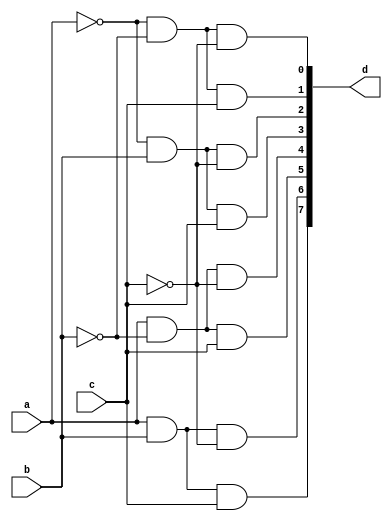
module Decoder_3x8(
    input a,
    input b,
    input c,
    output [7:0] d
);
    assign d[0]=(~a&~b&~c),
        d[1]=(~a&~b&c),
        d[2]=(~a&b&~c),
        d[3]=(~a&b&c),
        d[4]=(a&~b&~c),
        d[5]=(a&~b&c),
        d[6]=(a&b&~c),
        d[7]=(a&b&c);
endmodule